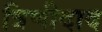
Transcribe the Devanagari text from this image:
त्रिणीदाद